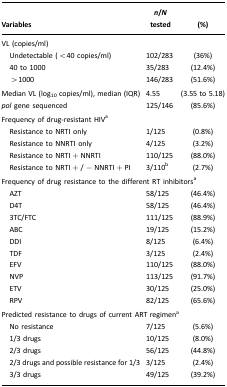
<table><thead><tr><td><b>Variables</b></td><td><b><i>n</i>/<i>N</i> tested</b></td><td><b>(%)</b></td></tr></thead><tbody><tr><td>VL (copies/ml)</td><td></td><td></td></tr><tr><td><b> </b>Undetectable (&lt;40 copies/ml)</td><td>102/283</td><td>(36%)</td></tr><tr><td><b> </b>40 to 1000</td><td>35/283</td><td>(12.4%)</td></tr><tr><td><b> </b>&gt;1000</td><td>146/283</td><td>(51.6%)</td></tr><tr><td>Median VL (log<sub>10</sub> copies/ml), median (IQR)</td><td>4.55</td><td>(3.55 to 5.18)</td></tr><tr><td><i>pol</i> gene sequenced</td><td>125/146</td><td>(85.6%)</td></tr><tr><td>Frequency of drug-resistant HIVa</td><td></td><td></td></tr><tr><td><b> </b>Resistance to NRTI only</td><td>1/125</td><td>(0.8%)</td></tr><tr><td><b> </b>Resistance to NNRTI only</td><td>4/125</td><td>(3.2%)</td></tr><tr><td><b> </b>Resistance to NRTI + NNRTI</td><td>110/125</td><td>(88.0%)</td></tr><tr><td><b> </b>Resistance to NRTI + / − NNRTI + PI</td><td>3/110b</td><td>(2.7%)</td></tr><tr><td colspan="3">Frequency of drug resistance to the different RT inhibitorsa</td></tr><tr><td><b> </b>AZT</td><td>58/125</td><td>(46.4%)</td></tr><tr><td><b> </b>D4T</td><td>58/125</td><td>(46.4%)</td></tr><tr><td><b> </b>3TC/FTC</td><td>111/125</td><td>(88.9%)</td></tr><tr><td><b> </b>ABC</td><td>19/125</td><td>(15.2%)</td></tr><tr><td><b> </b>DDI</td><td>8/125</td><td>(6.4%)</td></tr><tr><td><b> </b>TDF</td><td>3/125</td><td>(2.4%)</td></tr><tr><td><b> </b>EFV</td><td>110/125</td><td>(88.0%)</td></tr><tr><td><b> </b>NVP</td><td>113/125</td><td>(91.7%)</td></tr><tr><td><b> </b>ETV</td><td>30/125</td><td>(25.0%)</td></tr><tr><td><b> </b>RPV</td><td>82/125</td><td>(65.6%)</td></tr><tr><td colspan="3">Predicted resistance to drugs of current ART regimena</td></tr><tr><td><b> </b>No resistance</td><td>7/125</td><td>(5.6%)</td></tr><tr><td><b> </b>1/3 drugs</td><td>10/125</td><td>(8.0%)</td></tr><tr><td><b> </b>2/3 drugs</td><td>56/125</td><td>(44.8%)</td></tr><tr><td><b> </b>2/3 drugs and possible resistance for 1/3</td><td>3/125</td><td>(2.4%)</td></tr><tr><td><b> </b>3/3 drugs</td><td>49/125</td><td>(39.2%)</td></tr></tbody></table>